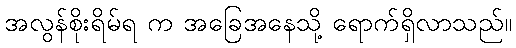
အလွန်စိုးရိမ်ရ က အခြေအနေသို့ ရောက်ရှိလာသည်။